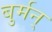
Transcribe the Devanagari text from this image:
बुर्मन्